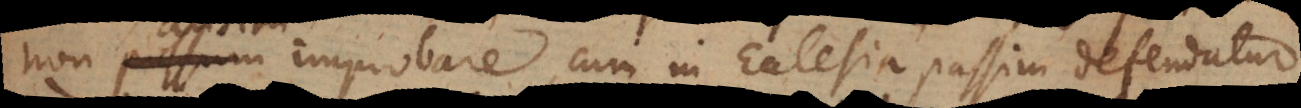
non possum improbare, cum in Ecclesia passim defendatur